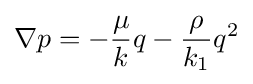
\nabla p=-{\frac {\mu }{k}}q-{\frac {\rho }{k_{1}}}q^{2}